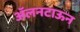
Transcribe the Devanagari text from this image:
ॲलनटाऊन